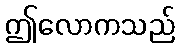
ဤလောကသည်